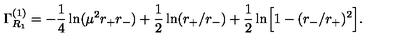
\Gamma _ { R _ { 1 } } ^ { ( 1 ) } = - { \frac { 1 } { 4 } } \ln ( \mu ^ { 2 } r _ { + } r _ { - } ) + { \frac { 1 } { 2 } } \ln ( r _ { + } / r _ { - } ) + { \frac { 1 } { 2 } } \ln \Bigr [ 1 - ( r _ { - } / r _ { + } ) ^ { 2 } \Bigr ] .